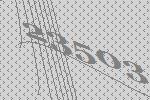
23503